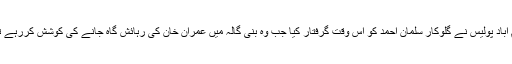
اسلام آباد پولیس نے گلوکار سلمان احمد کو اس وقت گرفتار کیا جب وہ بنی گالہ میں عمران خان کی رہائش گاہ جانے کی کوشش کررہے تھے۔